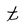
Character: t